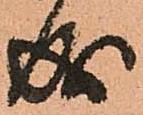
成